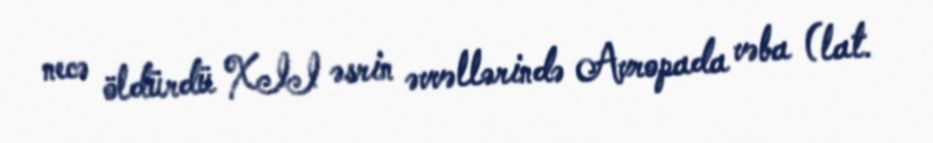
necə öldürdü XII əsrin əvvəllərində Avropada vəba (lat.